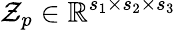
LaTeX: \mathcal{Z}_{p}\in\mathbb{R}^{s_{1}\times s_{2}\times s_{3}}